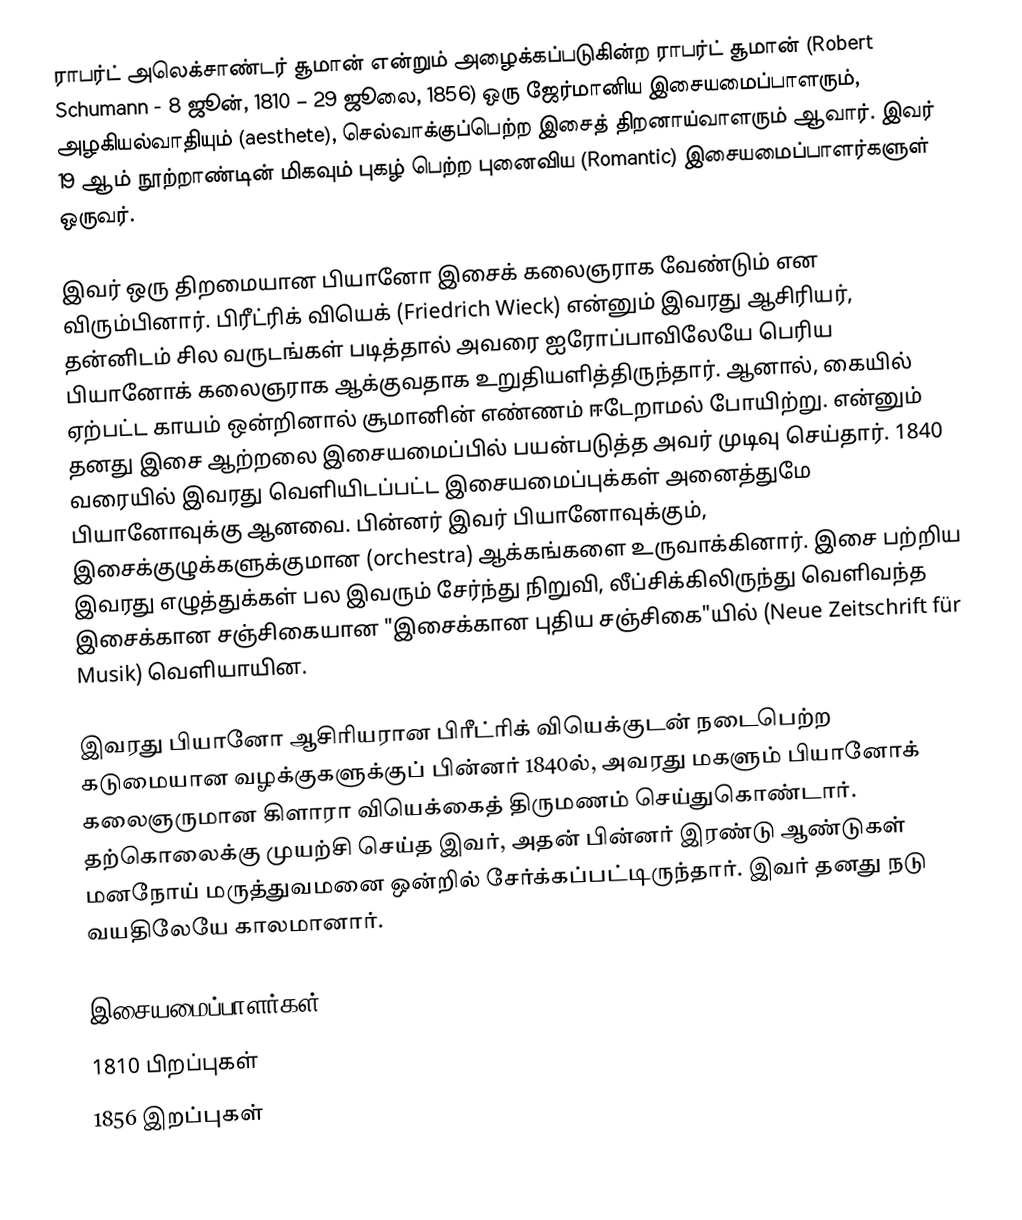
ராபர்ட் அலெக்சாண்டர் சூமான் என்றும் அழைக்கப்படுகின்ற ராபர்ட் சூமான் (Robert Schumann - 8 ஜூன், 1810 – 29 ஜூலை, 1856) ஒரு ஜேர்மானிய இசையமைப்பாளரும், அழகியல்வாதியும் (aesthete), செல்வாக்குப்பெற்ற இசைத் திறனாய்வாளரும் ஆவார். இவர் 19 ஆம் நூற்றாண்டின் மிகவும் புகழ் பெற்ற புனைவிய (Romantic) இசையமைப்பாளர்களுள் ஒருவர்.

இவர் ஒரு திறமையான பியானோ இசைக் கலைஞராக வேண்டும் என விரும்பினார். பிரீட்ரிக் வியெக் (Friedrich Wieck) என்னும் இவரது ஆசிரியர், தன்னிடம் சில வருடங்கள் படித்தால் அவரை ஐரோப்பாவிலேயே பெரிய பியானோக் கலைஞராக ஆக்குவதாக உறுதியளித்திருந்தார். ஆனால், கையில் ஏற்பட்ட காயம் ஒன்றினால் சூமானின் எண்ணம் ஈடேறாமல் போயிற்று. என்னும் தனது இசை ஆற்றலை இசையமைப்பில் பயன்படுத்த அவர் முடிவு செய்தார். 1840 வரையில் இவரது வெளியிடப்பட்ட இசையமைப்புக்கள் அனைத்துமே பியானோவுக்கு ஆனவை. பின்னர் இவர் பியானோவுக்கும், இசைக்குழுக்களுக்குமான (orchestra) ஆக்கங்களை உருவாக்கினார். இசை பற்றிய இவரது எழுத்துக்கள் பல இவரும் சேர்ந்து நிறுவி, லீப்சிக்கிலிருந்து வெளிவந்த இசைக்கான சஞ்சிகையான "இசைக்கான புதிய சஞ்சிகை"யில் (Neue Zeitschrift für Musik) வெளியாயின.

இவரது பியானோ ஆசிரியரான பிரீட்ரிக் வியெக்குடன் நடைபெற்ற கடுமையான வழக்குகளுக்குப் பின்னர் 1840ல், அவரது மகளும் பியானோக் கலைஞருமான கிளாரா வியெக்கைத் திருமணம் செய்துகொண்டார். தற்கொலைக்கு முயற்சி செய்த இவர், அதன் பின்னர் இரண்டு ஆண்டுகள் மனநோய் மருத்துவமனை ஒன்றில் சேர்க்கப்பட்டிருந்தார். இவர் தனது நடு வயதிலேயே காலமானார்.

இசையமைப்பாளர்கள்
1810 பிறப்புகள்
1856 இறப்புகள்